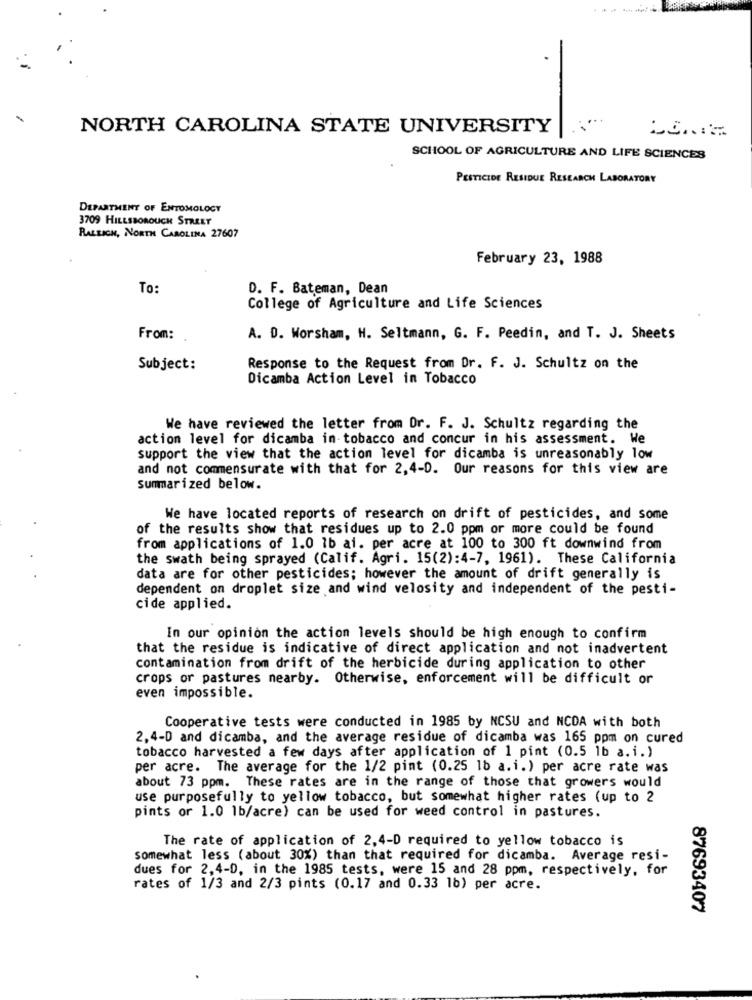
----
-
NORTH CAROLINA STATE UNIVERSITY
SCHOOL OF AGRICULTURE AND LIFE SCIENCES
PESTICIDE RESIDUE RESEARCH LABORATORY
DEPARTMENT OF ENTOMOLOGY
3709 HILLSBOROUGH STREET
RALEIGH, NORTH CAROLINA 27607
February 23, 1988
To:
D. F. Bateman, Dean
College of Agriculture and Life Sciences
From:
A. D. Worsham, H. Seltmann, G. F. Peedin, and T. J. Sheets
Subject:
Response to the Request from Dr. F. J. Schultz on the
Dicamba Action Level in Tobacco
We have reviewed the letter from Dr. F. J. Schultz regarding the
action level for dicamba in tobacco and concur in his assessment. We
support the view that the action level for dicamba is unreasonably low
and not commensurate with that for 2,4-D. Our reasons for this view are
Summarized below.
We have located reports of research on drift of pesticides, and some
of the results show that residues up to 2.0 ppm or more could be found
from applications of 1.0 1b ai. per acre at 100 to 300 ft downwind from
the swath being sprayed (Calif. Agri. 15(2):4-7, 1961). These California
data are for other pesticides; however the amount of drift generally is
dependent on droplet size and wind velosity and independent of the pesti-
cide applied.
In our opinion the action levels should be high enough to confirm
that the residue is indicative of direct application and not inadvertent
contamination from drift of the herbicide during application to other
crops or pastures nearby. Otherwise, enforcement will be difficult or
even impossible.
Cooperative tests were conducted in 1985 by NCSU and NCDA with both
2,4-D and dicamba, and the average residue of dicamba was 165 ppm on cured
tobacco harvested a few days after application of 1 pint (0.5 1b a.i.)
per acre. The average for the 1/2 pint (0.25 1b a.i.) per acre rate was
about 73 ppm. These rates are in the range of those that growers would
use purposefully to yellow tobacco, but somewhat higher rates (up to 2
pints or 1.0 1b/acre) can be used for weed control in pastures.
The rate of application of 2,4-D required to yellow tobacco is
somewhat less (about 30%) than that required for dicamba. Average resi-
dues for 2,4-D, in the 1985 tests, were 15 and 28 ppm, respectively, for
rates of 1/3 and 2/3 pints (0.17 and 0.33 1b) per acre.
87693407